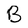
Character: B